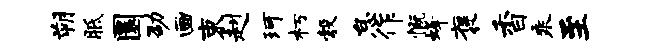
朔胝圜劭画束赳珂朽彀怠作慨蜂褒香乘至